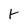
Character: K